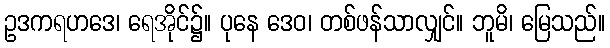
ဥဒကရဟဒေ၊ ရေအိုင်၌။ ပုနေ ဒေဝ၊ တစ်ဖန်သာလျှင်။ ဘူမိ၊ မြေသည်။